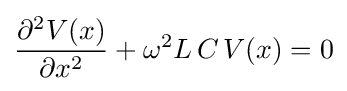
{\frac {\partial ^{2}V(x)}{\partial x^{2}}}+\omega ^{2}L\,C\,V(x)=0